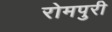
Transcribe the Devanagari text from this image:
रोमपुरी